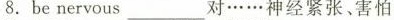
8.be nervous ___ 对……神经紧张、害怕